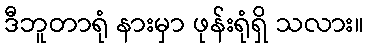
ဒီဘူတာရုံ နားမှာ ဖုန်းရုံရှိ သလား။